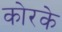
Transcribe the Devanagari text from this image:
कोरके